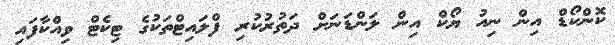
ކޮންކޯޑް އިން ނިއު ޔޯކް އިން ލަންޑަނަށް ދަތުރުކުރި ފްލައިޓްތަކުގެ ޓިކެޓް ވިއްކާފައި